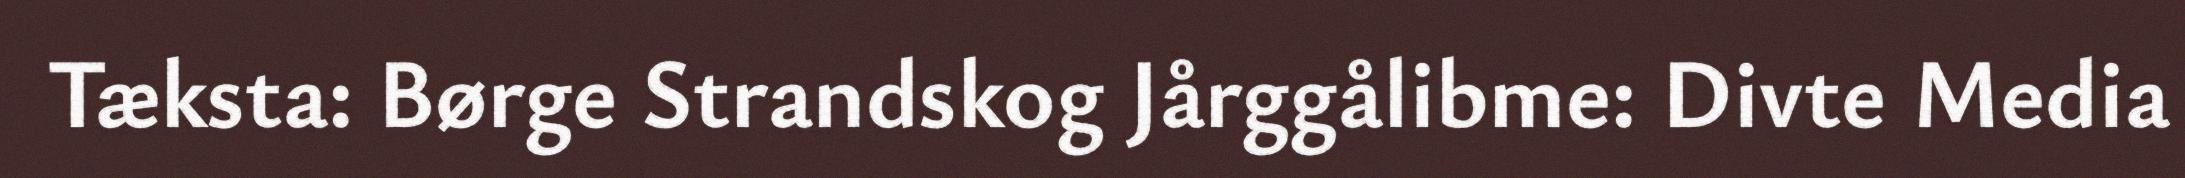
Tæksta: Børge Strandskog Jårggålibme: Divte Media